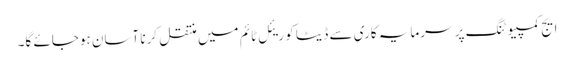
ایج کمپیوٹنگ پر سرمایہ کاری سے ڈیٹا کو ریئل ٹائم میں منتقل کرنا آسان ہوجائے گا۔